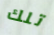
تلك